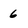
Character: 6